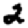
Digit: 2